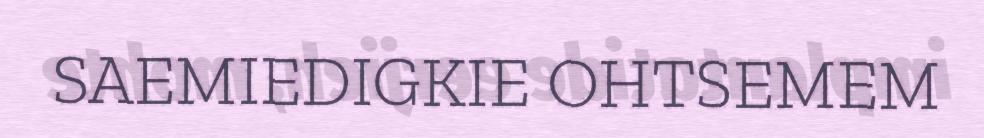
SAEMIEDIGKIE OHTSEMEM